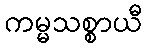
ကမ္မသစ္စာယီ